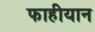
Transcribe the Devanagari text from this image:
फाहीयान